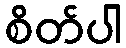
စိတ်ပါ